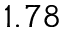
1 . 7 8